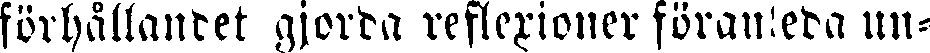
förhållandet gjorda reflexioner föranleda un-